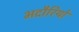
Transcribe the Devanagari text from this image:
भदौरियो